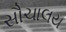
સૌચાલય